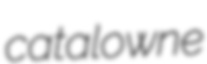
catalowne